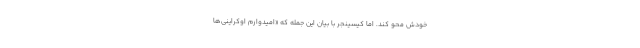
خودش محو کند. اما کیسینجر با بیان این جمله که «امیدوارم اوکراینی‌ها